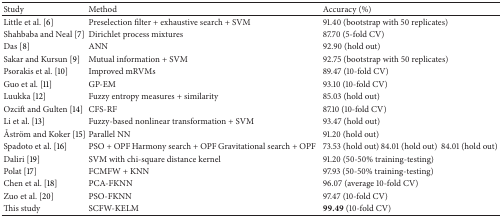
| Study | Method | Accuracy (%) |
 | --- | --- | --- |
 | Little et al. [6] | Preselection filter + exhaustive search + SVM | 91.40 (bootstrap with 50 replicates) |
 | Shahbaba and Neal [7] | Dirichlet process mixtures | 87.70 (5-fold CV) |
 | Das [8] | ANN | 92.90 (hold out) |
 | Sakar and Kursun [9] | Mutual information + SVM | 92.75 (bootstrap with 50 replicates) |
 | Psorakis et al. [10] | Improved mRVMs | 89.47 (10-fold CV) |
 | Guo et al. [11] | GP-EM | 93.10 (10-fold CV) |
 | Luukka [12] | Fuzzy entropy measures + similarity | 85.03 (hold out) |
 | Ozcift and Gulten [14] | CFS-RF | 87.10 (10-fold CV) |
 | Li et al. [13] | Fuzzy-based nonlinear transformation + SVM | 93.47 (hold out) |
 | Åström and Koker [15] | Parallel NN | 91.20 (hold out) |
 | Spadoto et al. [16] | PSO + OPF Harmony search + OPF Gravitational search + OPF | 73.53 (hold out) 84.01 (hold out)84.01 (hold out) |
 | Daliri [19] | SVM with chi-square distance kernel | 91.20 (50-50% training-testing) |
 | Polat [17] | FCMFW + KNN | 97.93 (50-50% training-testing) |
 | Chen et al. [18] | PCA-FKNN | 96.07 (average 10-fold CV) |
 | Zuo et al. [20] | PSO-FKNN | 97.47 (10-fold CV) |
 | This study | SCFW-KELM | 99.49 (10-fold CV) |